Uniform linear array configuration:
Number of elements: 48
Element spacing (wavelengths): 0.75
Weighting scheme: blackman
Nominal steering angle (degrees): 45
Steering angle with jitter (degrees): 46.891
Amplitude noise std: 0.05
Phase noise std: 0.05

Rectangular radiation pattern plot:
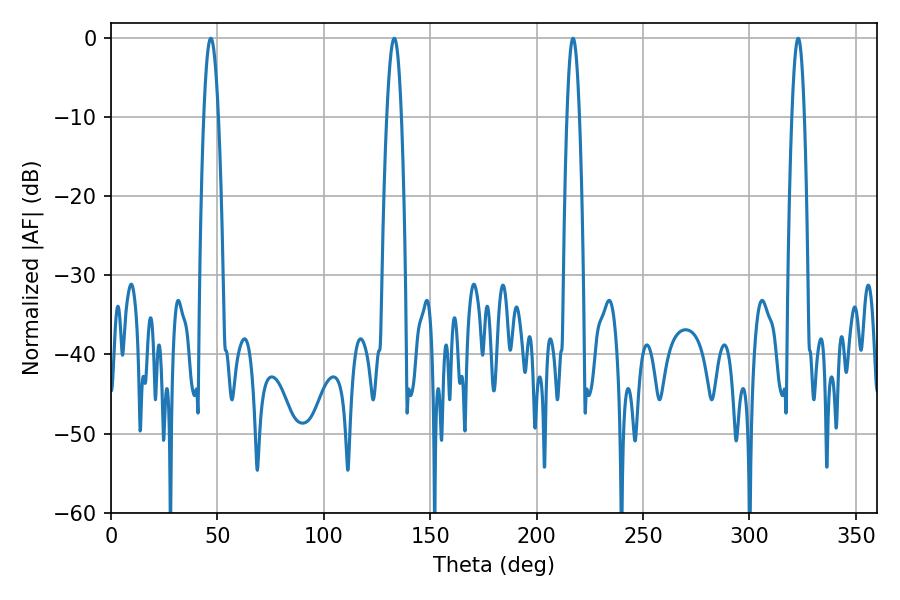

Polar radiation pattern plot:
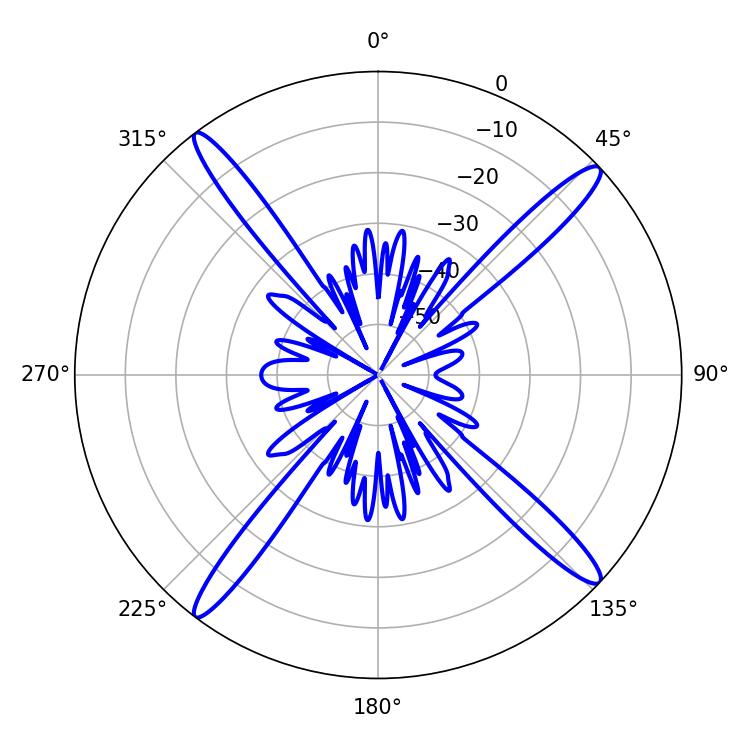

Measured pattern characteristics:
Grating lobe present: TRUE
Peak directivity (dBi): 18.159
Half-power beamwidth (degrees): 3.24
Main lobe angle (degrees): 217.08